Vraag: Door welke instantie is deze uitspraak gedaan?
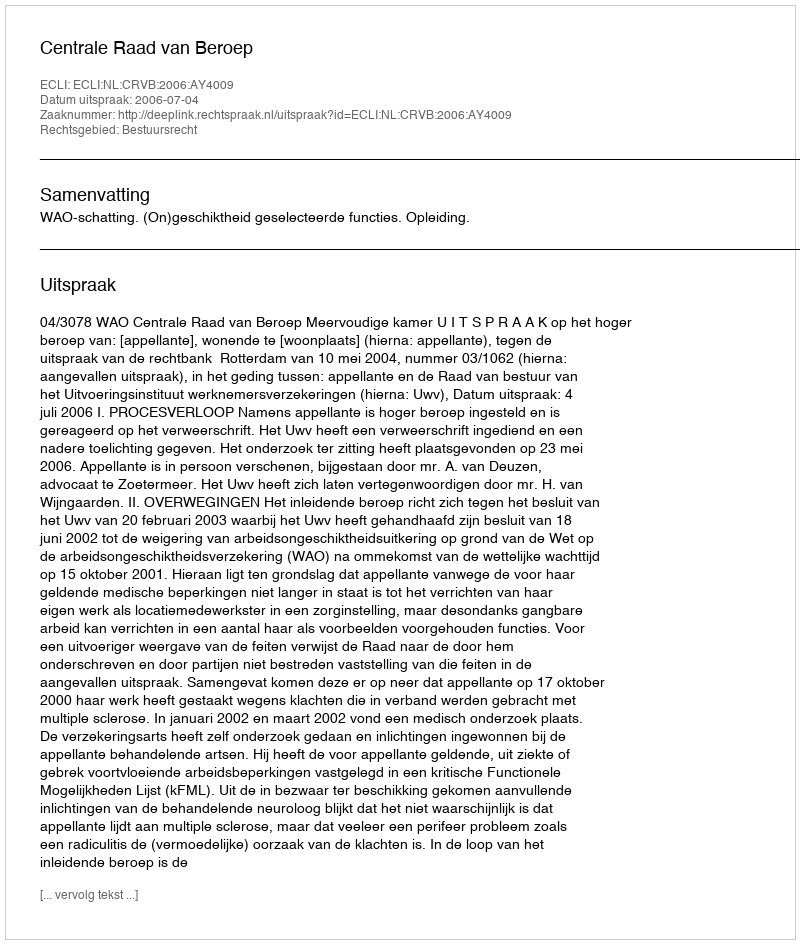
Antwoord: Centrale Raad van Beroep